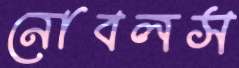
নোবলস